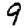
Digit: 9